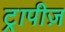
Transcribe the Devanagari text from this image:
ट्रापीज़